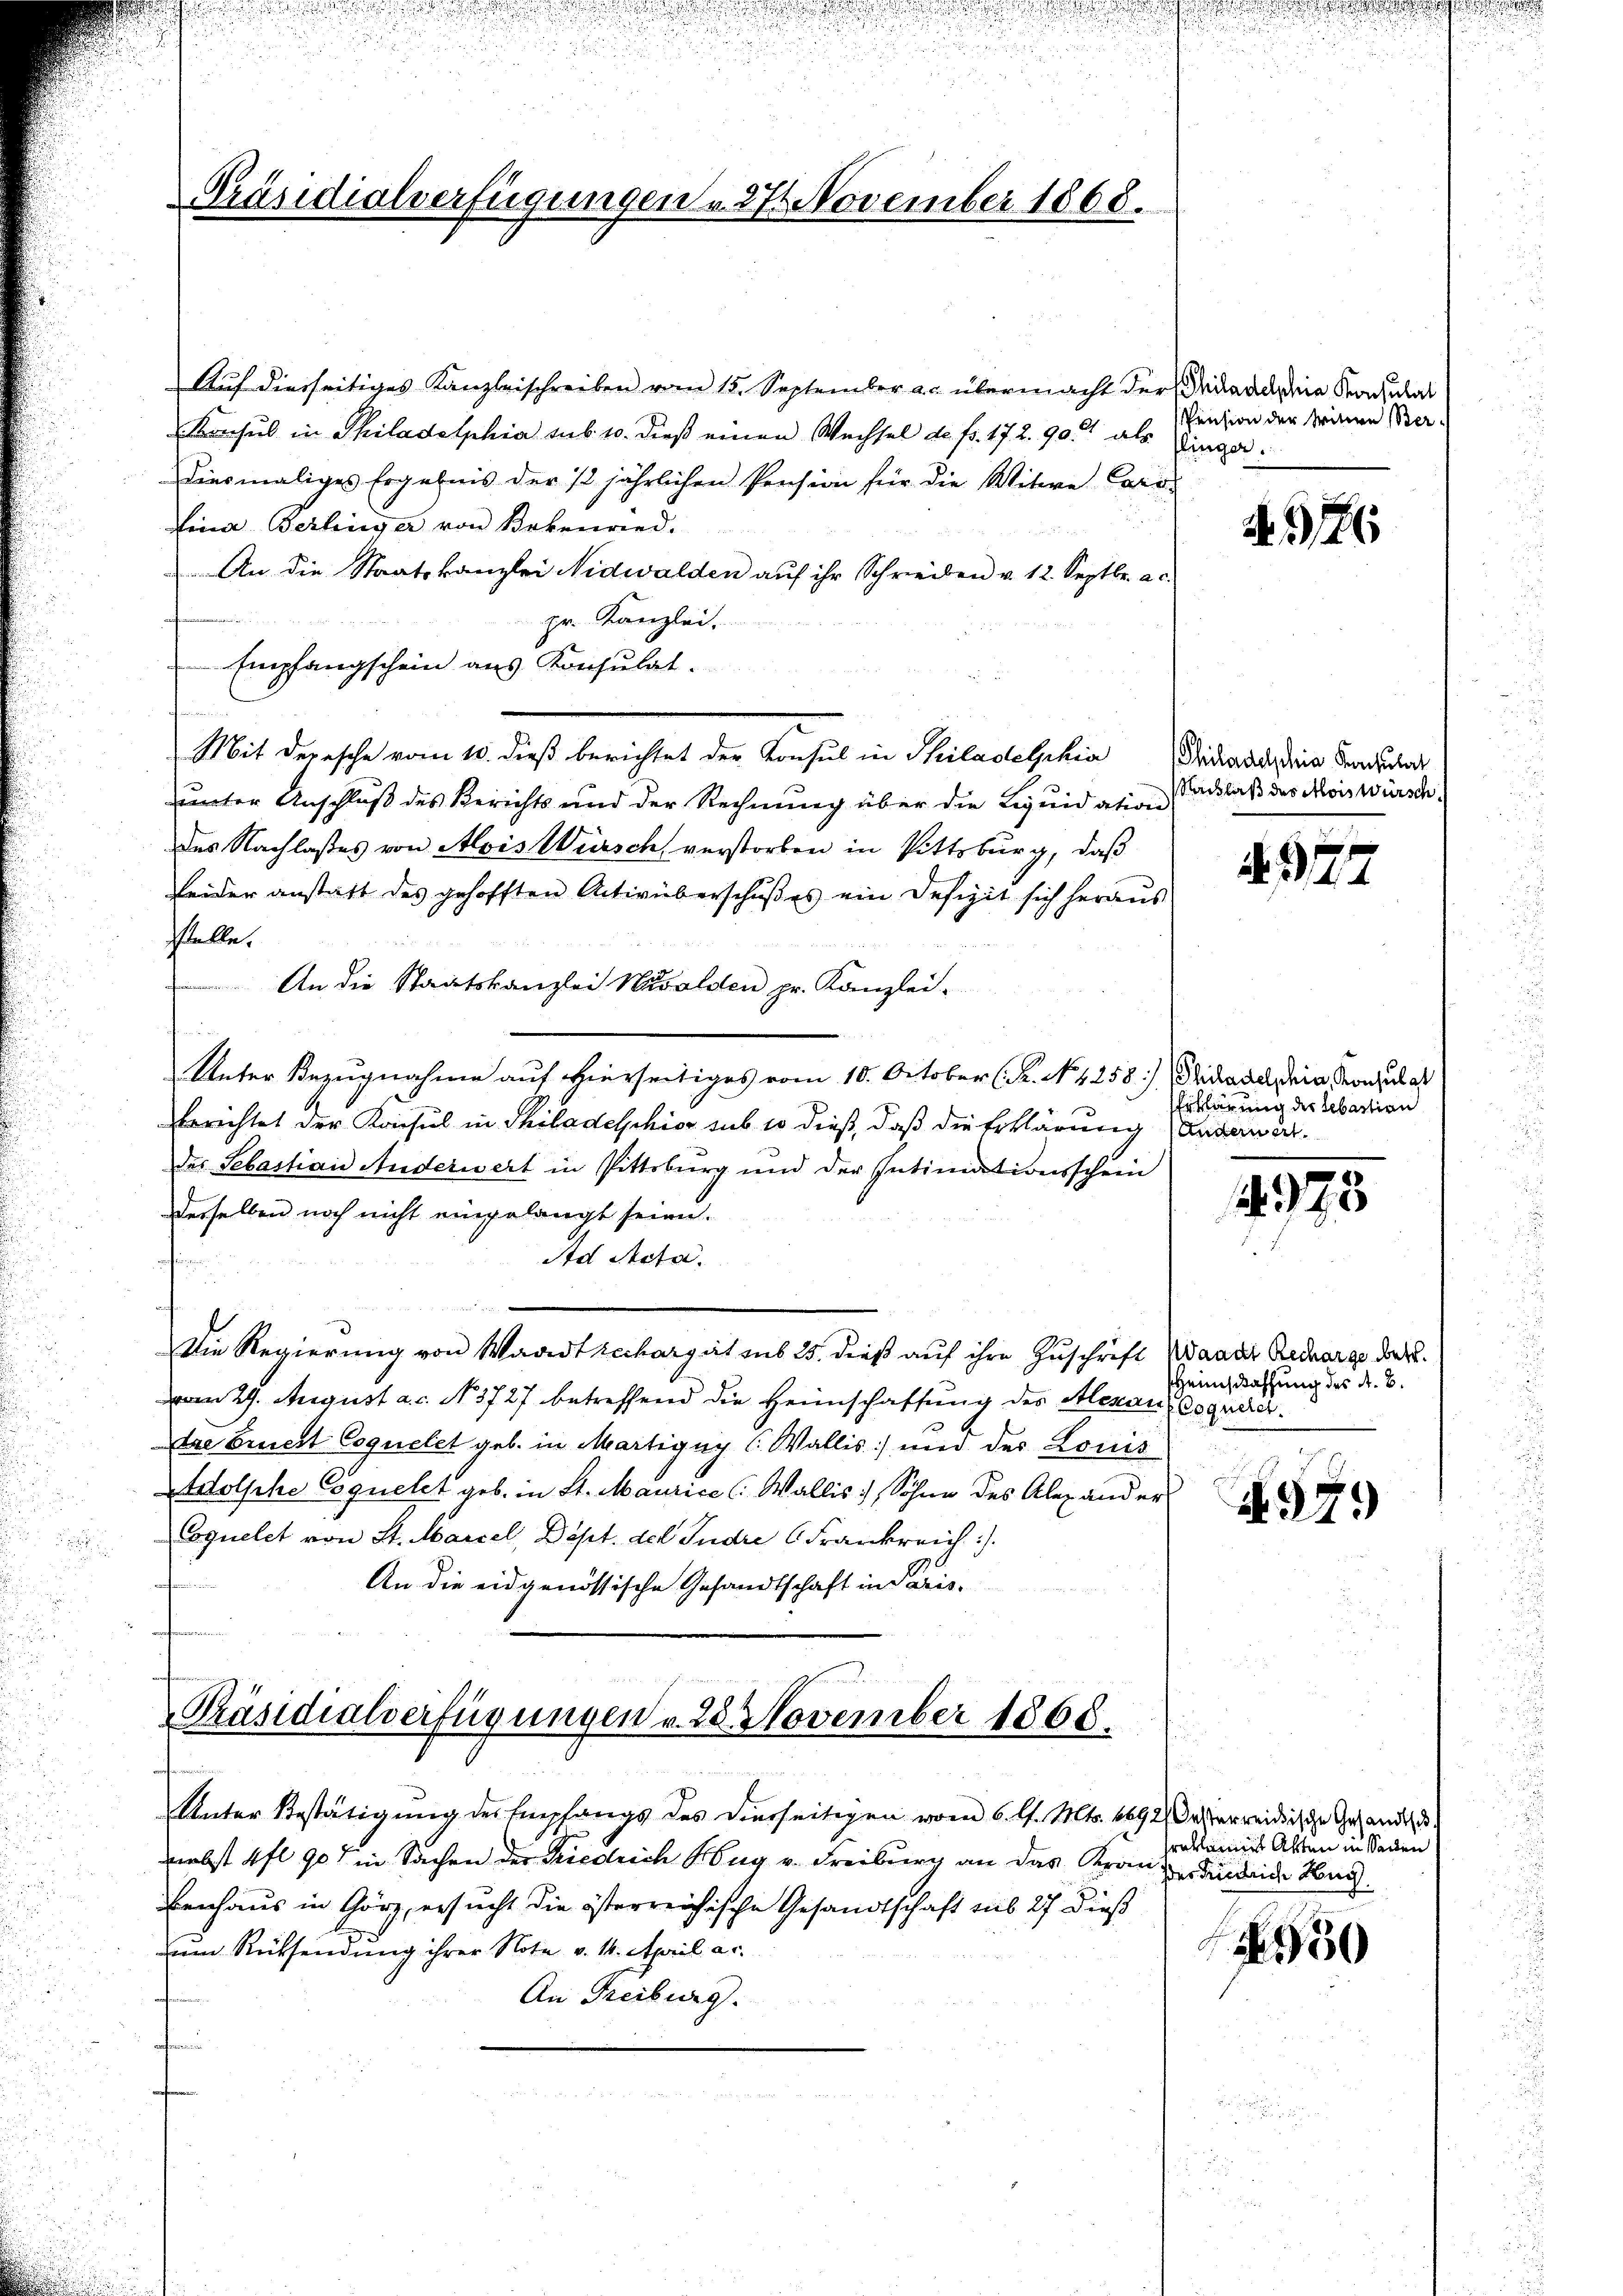
Präsidialverfügungen v. 274. November 1868.

Auf diesseitiges Kanzleischreiben vom 15. September a. übermacht der Dei nach ein Ragulat
Konsul in Philadelphia sub 10. dieß einen Wechsel de fr. 172. 90. als
diesmaliges Ergebnis der 12 jährlichen Pension für die Witwe Caro
Lina Berlinger von Bekenried.
An die Staatskanzlei Nidwalden aŭf ihr Schreiben v. 12. Septbr. a.
pr. Kanzlei.
 Empfangschein aus Konsulat.
f
Mit Depesche vom 10. dieß berichtet der Konsul in Philadelphia Schaustria der Juchart
unter Anschluß des Berichts und der Rechnung über die Liquidation
des Nachlaßes von Alois Würsch verstorben in Pittsburg, daß
Leider anstatt des gehofften Activüberschußes ein Defizit sich heraus
stelle.
An die Staatskanzlei Wawalden pr. Kanzlei-
Unter Bezugnahme auf hierseitiges vom 10. October (R. No. 1258) Fridaach dein Konsulat
berichtet der Konsul in Philadelchior sub 10 dieß, daß die Erklärung anden derdes Sebastian Anderwert in Pittsburg und der Intimationsschein
desselben noch nicht eingelangt seien.
Ad Acta.
intimen
Die Regierung von Waadtrecharget sub 25. dieß auf ihre Zuschrift Waadt Recharge der
vom 29. August a. c. No. 3727 betreffend die Heimschaffung des Alexanz Cognare.
Dre Brucht Coquelet geb. in Martigny ( Wallis) und der Louis
dolsche Coquelst geb. in St. Maurice (Wallis Sohne des Alexander
squelet von St. Marcel, Dept. del Judre (Frankreich
An die eidgenössische Gesandtschaft in Paris,

Präsidialverfügungen v. 28 November 1868.

Unter Bestätigung der Empfangs des Vierseitigen vom 6. l. Mts. 1692, Ordierreidische Gesandte
nebst 4 fl 90 in Sachen der Friedrich Hug v. Freiburg an das Kranzendenbeide Nac
benhaus in Görz, ersucht die österreichische Gesandtschaft sub 27 dieß
zum Rücksendung ihrer Note v. 14. April a.
An Freiburg.
ofnun

e

Pension der Witwe Berbinger.

2. 186

Nachlaß des Moiswürsch

3
 : 1. 4

Erklärung der Sebastion

1975

Heimschaffung des A. B.

97.)

eekleines Akten in Sachen
50